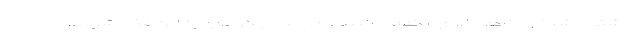
داشته باشند و آگاهی لازم را کسب کنند و بدانند چگونه وارد این فضا شوند.